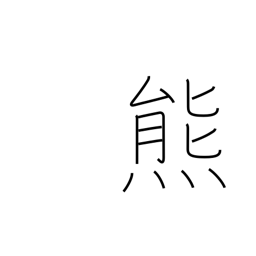
Meaning: bear